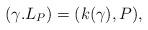
LaTeX: \begin{align*} ( \gamma . L_P ) = ( k( \gamma ), P ),\end{align*}